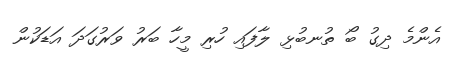
އެންމެ ދިގު ބޯ ތުނބުޅި ލާފައި ހުރި މީހާ ބަރު ވަރުގަދަ އަޑަކުން